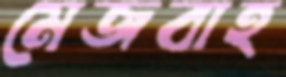
মেজবাহ